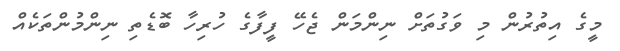
މީގެ އިތުރުން މި ވަގުތަށް ނިންމަން ޖެހޭ ފީފާގެ ހުރިހާ ބޮޑެތި ނިންމުންތަކެއް